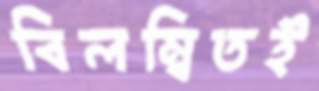
বিলম্বিতই